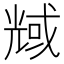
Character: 𠒬